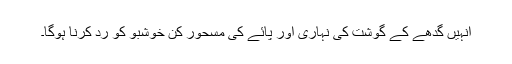
انہیں گدھے کے گوشت کی نہاری اور پائے کی مسحور کن خوشبو کو رد کرنا ہوگا۔